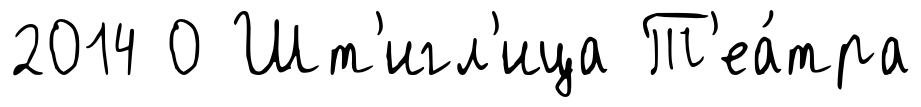
2014 0 Шт'игл'ица Т'еа́тра